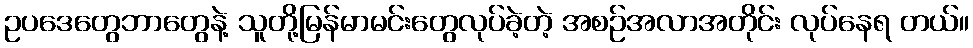
ဥပဒေတွေဘာတွေနဲ့ သူတို့မြန်မာမင်းတွေလုပ်ခဲ့တဲ့ အစဉ်အလာအတိုင်း လုပ်နေရ တယ်။